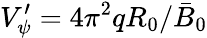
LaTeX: V_{\psi}^{\prime}=4\pi^{2}qR_{0}/\bar{B}_{0}